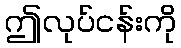
ဤလုပ်ငန်းကို